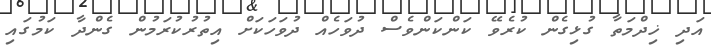
އަދި ޚިދްމަތާ ގުޅިގެން ކުރެވޭ ކަންކަންވެސް ދުވަހެއް ދުވަހަކަށް އިތުރުކުރަމުން ގެންދާ ކަމުގައި